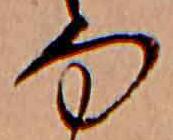
匂